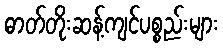
ဓာတ်တိုးဆန့်ကျင်ပစ္စည်းများ